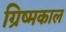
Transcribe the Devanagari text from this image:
ग्रिष्मकाल